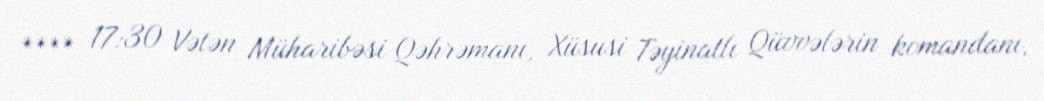
**** 17:30 Vətən Müharibəsi Qəhrəmanı, Xüsusi Təyinatlı Qüvvələrin komandanı,